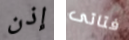
إذن فتاتى